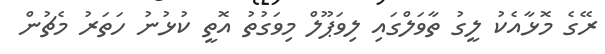
ރޭގެ މޮޅާއެކު ލީގު ތާވަލްގައި ލިވަޕޫލް މިވަގުތު އޮތީ ކުޅުނު ހަތަރު މެޗުން